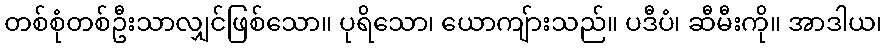
တစ်စုံတစ်ဦးသာလျှင်ဖြစ်သော။ ပုရိသော၊ ယောကျ်ားသည်။ ပဒီပံ၊ ဆီမီးကို။ အာဒါယ၊